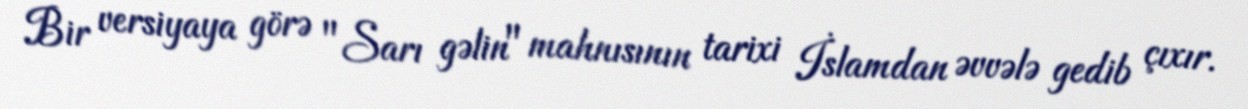
Bir versiyaya görə "Sarı gəlin" mahnısının tarixi İslamdan əvvələ gedib çıxır.